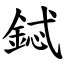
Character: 鋱